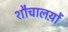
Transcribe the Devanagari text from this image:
शौचालय़ों